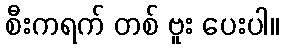
စီးကရက် တစ် ဗူး ပေးပါ။